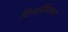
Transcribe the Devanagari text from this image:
जिऑग्रैफिकल